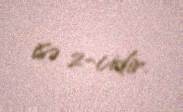
isə 2-cidir.